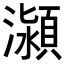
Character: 𭳕